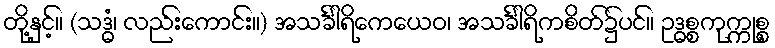
တို့နှင့်။ (သဒ္ဓံ၊ လည်းကောင်း။) အသင်္ခါရိကေယေဝ၊ အသင်္ခါရိကစိတ်၌ပင်။ ဥဒ္ဓစ္စကုက္ကုစ္စ